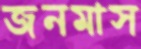
জনমাস